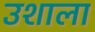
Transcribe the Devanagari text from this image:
उशाला